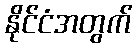
နိုင်ငံအတွက်